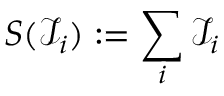
S ( \mathcal { I } _ { i } ) : = \sum _ { i } \mathcal { I } _ { i }